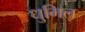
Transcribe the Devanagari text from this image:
धुमिल